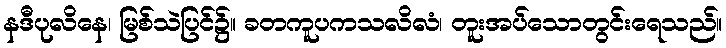
နဒီပုလိနေ၊ မြစ်သဲပြင်၌။ ခတကူပကသလိလံ၊ တူးအပ်သောတွင်းရေသည်။